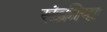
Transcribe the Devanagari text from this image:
संक्रीया